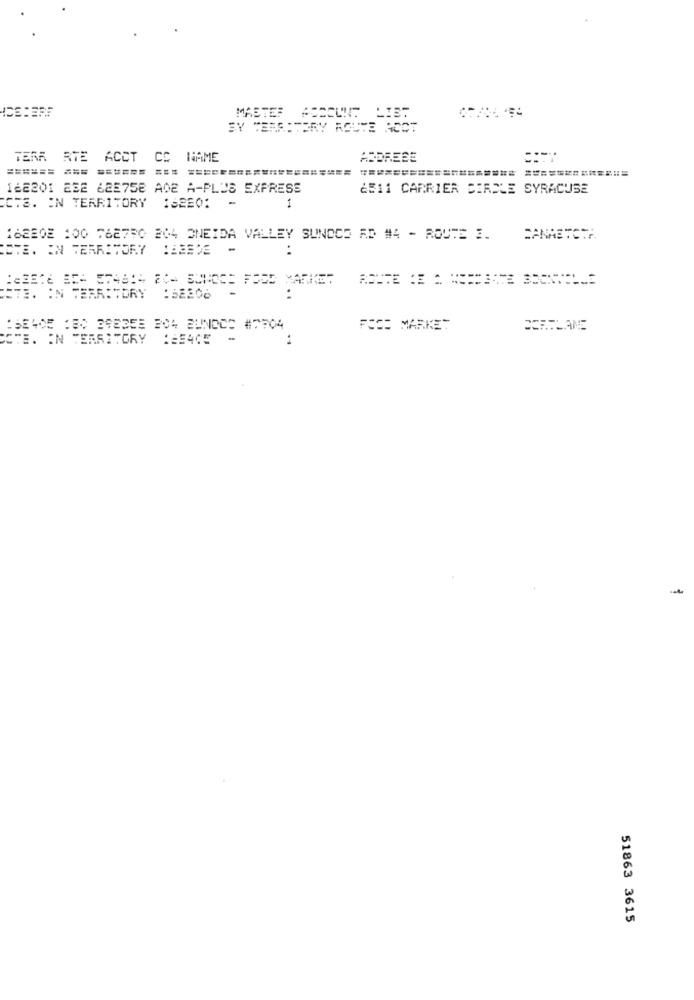
MASTER ACCOUNT
SY TERRITORY ROUTE ACCT
TERR RTE ACCT CC NAME
ADDRESE
====== === ====== === ====================
162201 23E 62E758 A02 A-PLUS EXPRESS
6511 CARRIER DIRELE SYRACUSE
1
CTS. IN TERRITORY 162EO:
16EEDE 100 76E7RO 204 ONEIDA VALLEY SUNOCO AD #4 - ROUTE E.
SANAETCTA
CETE. IN TERRITORY
..
CETE. IN TERRITORY :SE306
:
ESE405 :BO BESEE 04 BUNOCS #704
FOOD MARKET
PORTLANE
CCTE. IN TERRITORY :#54CE
51863 3615